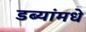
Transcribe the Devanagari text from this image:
डब्यांमधे